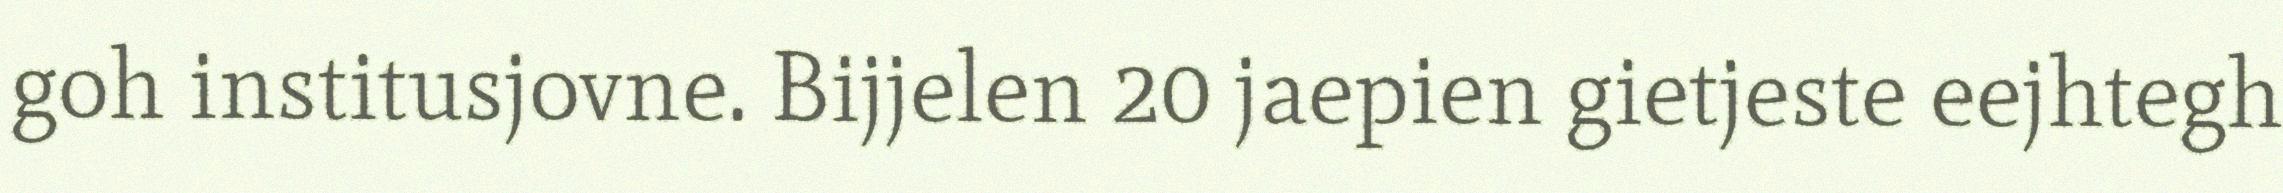
goh institusjovne. Bijjelen 20 jaepien gietjeste eejhtegh